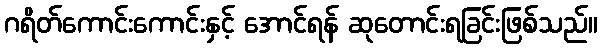
ဂရိတ်ကောင်းကောင်းနှင့် အောင်ရန် ဆုတောင်းရခြင်းဖြစ်သည်။